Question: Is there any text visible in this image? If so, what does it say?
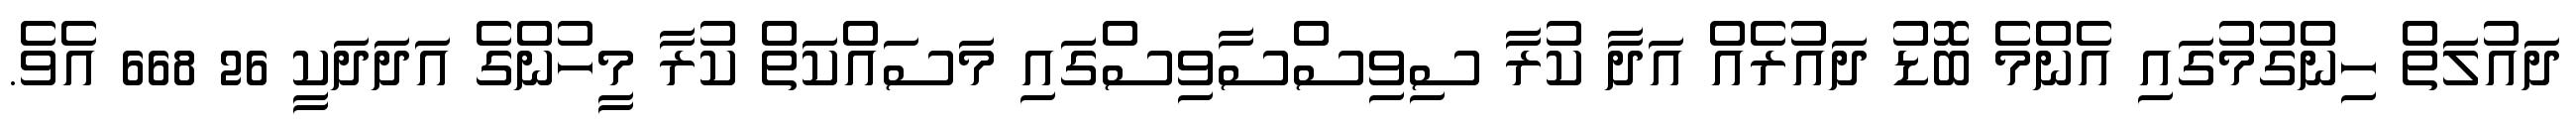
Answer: ދައުލަތް ހިންގުމުގައި އެންމެ ބޮޑު ދައުރެއް އަދާ ކުރާ ސިވިސްސާވިސްގައި މަސައްކަތް ކުރާ މީހުންގެ އަދަދަކީ 26 668 އެވެ.